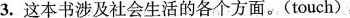
3.这本书涉及社会生活的各个方面。(touch)